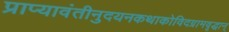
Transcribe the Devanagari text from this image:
प्राप्यावंतीनुदयनकथाकोविदग्रामवृद्धान्